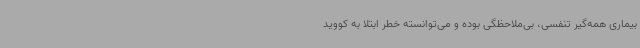
بیماری همه‌گیر تنفسی، بی‌ملاحظگی بوده و می‌توانسته خطر ابتلا به کووید